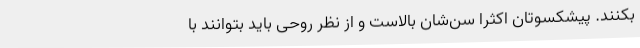
بکنند. پیشکسوتان اکثرا سن‌شان بالاست و از نظر روحی باید بتوانند با